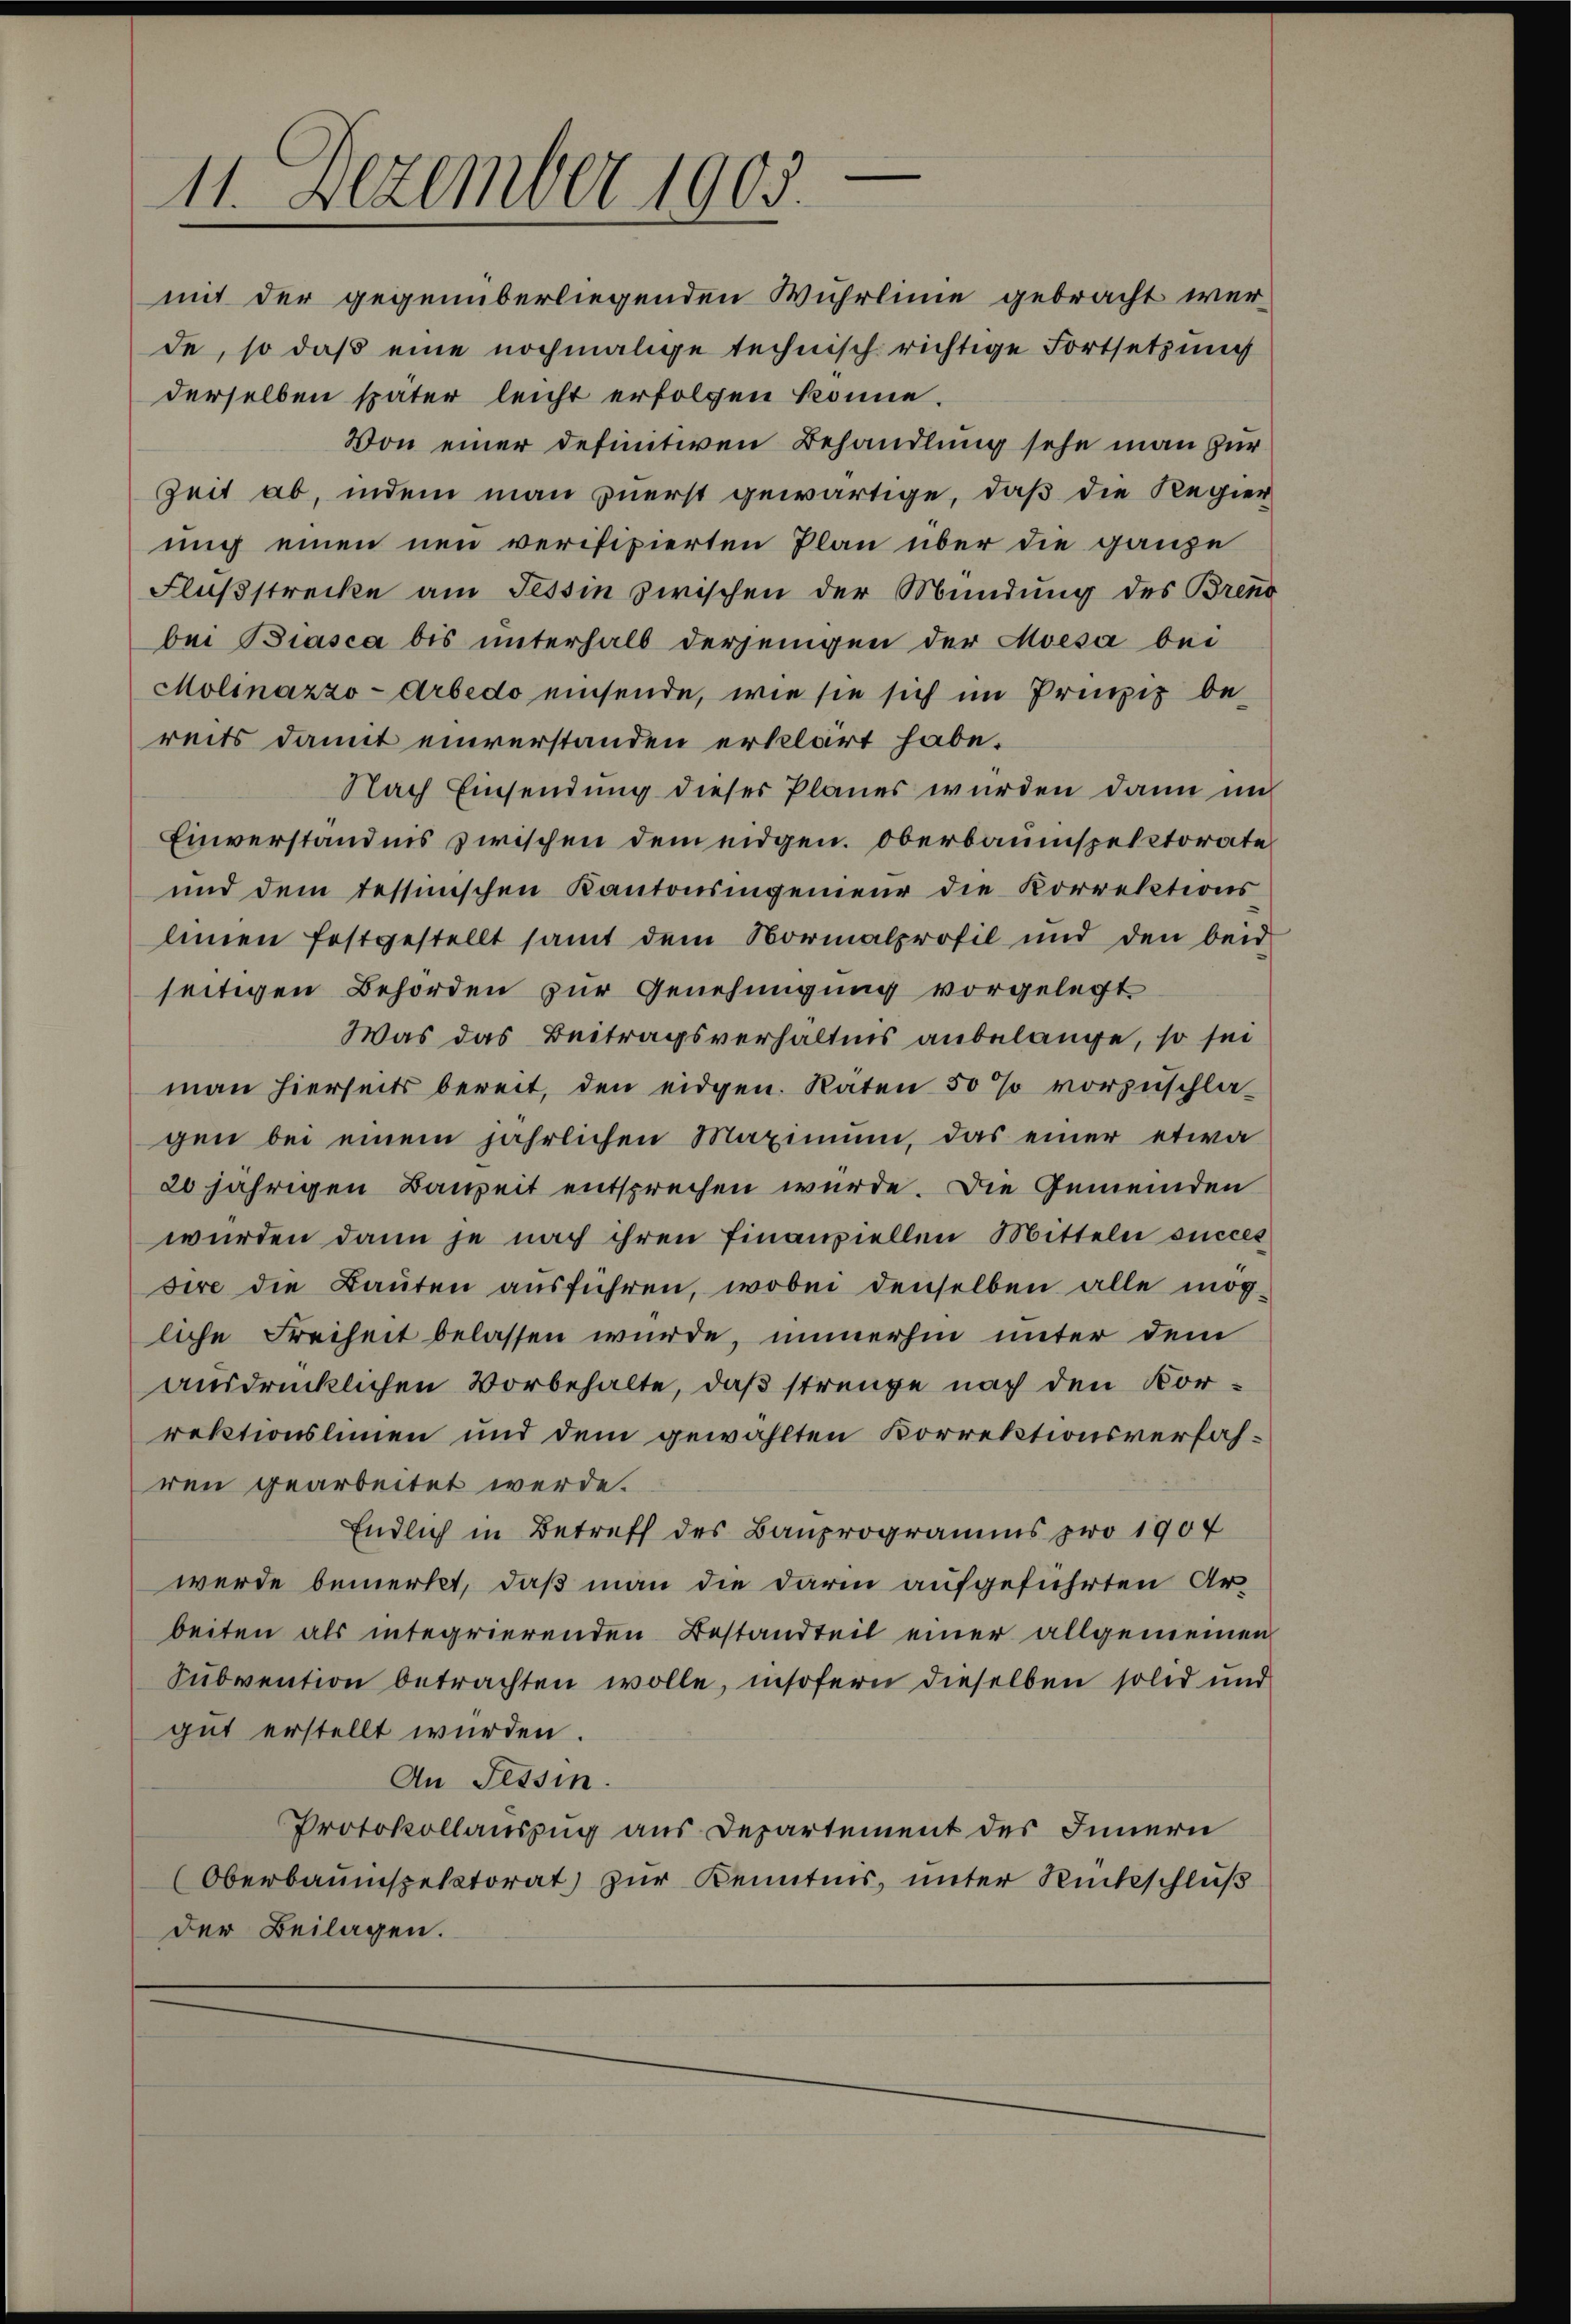
11. Dezember 1903.

mit der gegenüberliegenden Wuhrlinie gebracht werde, so daß eine nochmalige technisch richtige Fortsetzung
derselben später leicht erfolgen könne.
Von einer definitiven Behandlung sehe man zur
Zeit ab, indem man zuerst gewärtige, daß die Regier
mich einen neu verifixierten Plan über die ganze
Flußstrecke am Tessin zwischen der Mündung des Brend
bei Biasca bis unterhalb derjenigen der Moesa bei
Molinazzo-Arbedo einsende, wie sie sich im Prinzip be-
reits damit einverstanden erklärt habe.
Nach Einsendung dieser Planes würden dann in
Einverständnis zwischen dem eidgen. Oberbauinspektorate
und dem Tessinischen Kantonsingenieur die Korrektions
liinen festgestellt samt dem Normalprofil und den beid
seitigen Behörden zur Genehmigung vorgelegt
Was das Beitragsverhältnis anbelange, so sei
man hierseits bereit, den eidgen. Räten 50 % vorzuschla-
gen bei einem jährlichen Maximum, das einer etwa
20 jährigen Bauzeit entsprechen würde. Die Gemeinden
würden dann je nach ihren finanziellen Mitteln succes
sire die Baŭten ausführen, wobei denselben alle mög-
liche Freiheit belassen wurde, immerhin unter dem
ausdrücklichen Vorbehalte, daß strenge nach den Vorrektionslinien und dem gewählten Korrektionsverfahren gearbeitet werde.
Endlich in Betreff des Bauprogramms pro 1907
werde bemerkt, daß man die darin aufgeführten Arbeiten als integrierenden Bestandteit einer allgemeinen
Subvention betrachten wolle, insofern dieselben solid und
gut erstellt würden.
An Tessin.
Protokollauszug aus Departement des Innern
(Oberbauinspektorat zur Kenntnis, unter Rückschluß
der Beilagen.